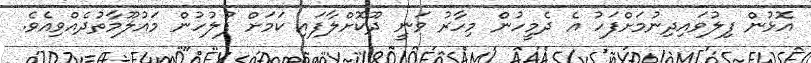
އޮޅުން ފިލުވައިދިނުމަށްފަހު އެ ދެމީހުން މިހާރު ވަނީ ދޫކޮށްލާފައި ކަމަށް ފުލުހުން މައުލޫމާތުދެއްވިއެވެ.